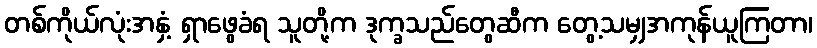
တစ်ကိုယ်လုံးအနှံ့ ရှာဖွေခံရ သူတို့က ဒုက္ခသည်တွေဆီက တွေ့သမျှအကုန်ယူကြတာ၊